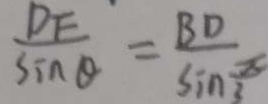
\frac { D F } { \sin \theta } = \frac { B D } { \sin \frac { \pi } { 3 } }